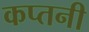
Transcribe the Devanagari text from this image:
कप्तनी